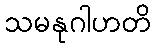
သမနုဂါဟတိ